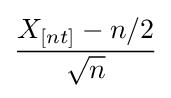
{\frac {X_{[nt]}-n/2}{\sqrt {n}}}